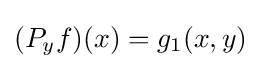
(P_{y}f)(x)=g_{1}(x,y)